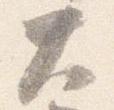
大